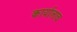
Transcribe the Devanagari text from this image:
कार्यालाच